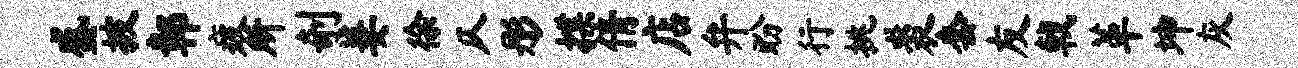
盛披鄣疲所剞萋徐仄彤揲倩店弁盼行挑裘套友戟革坤灰